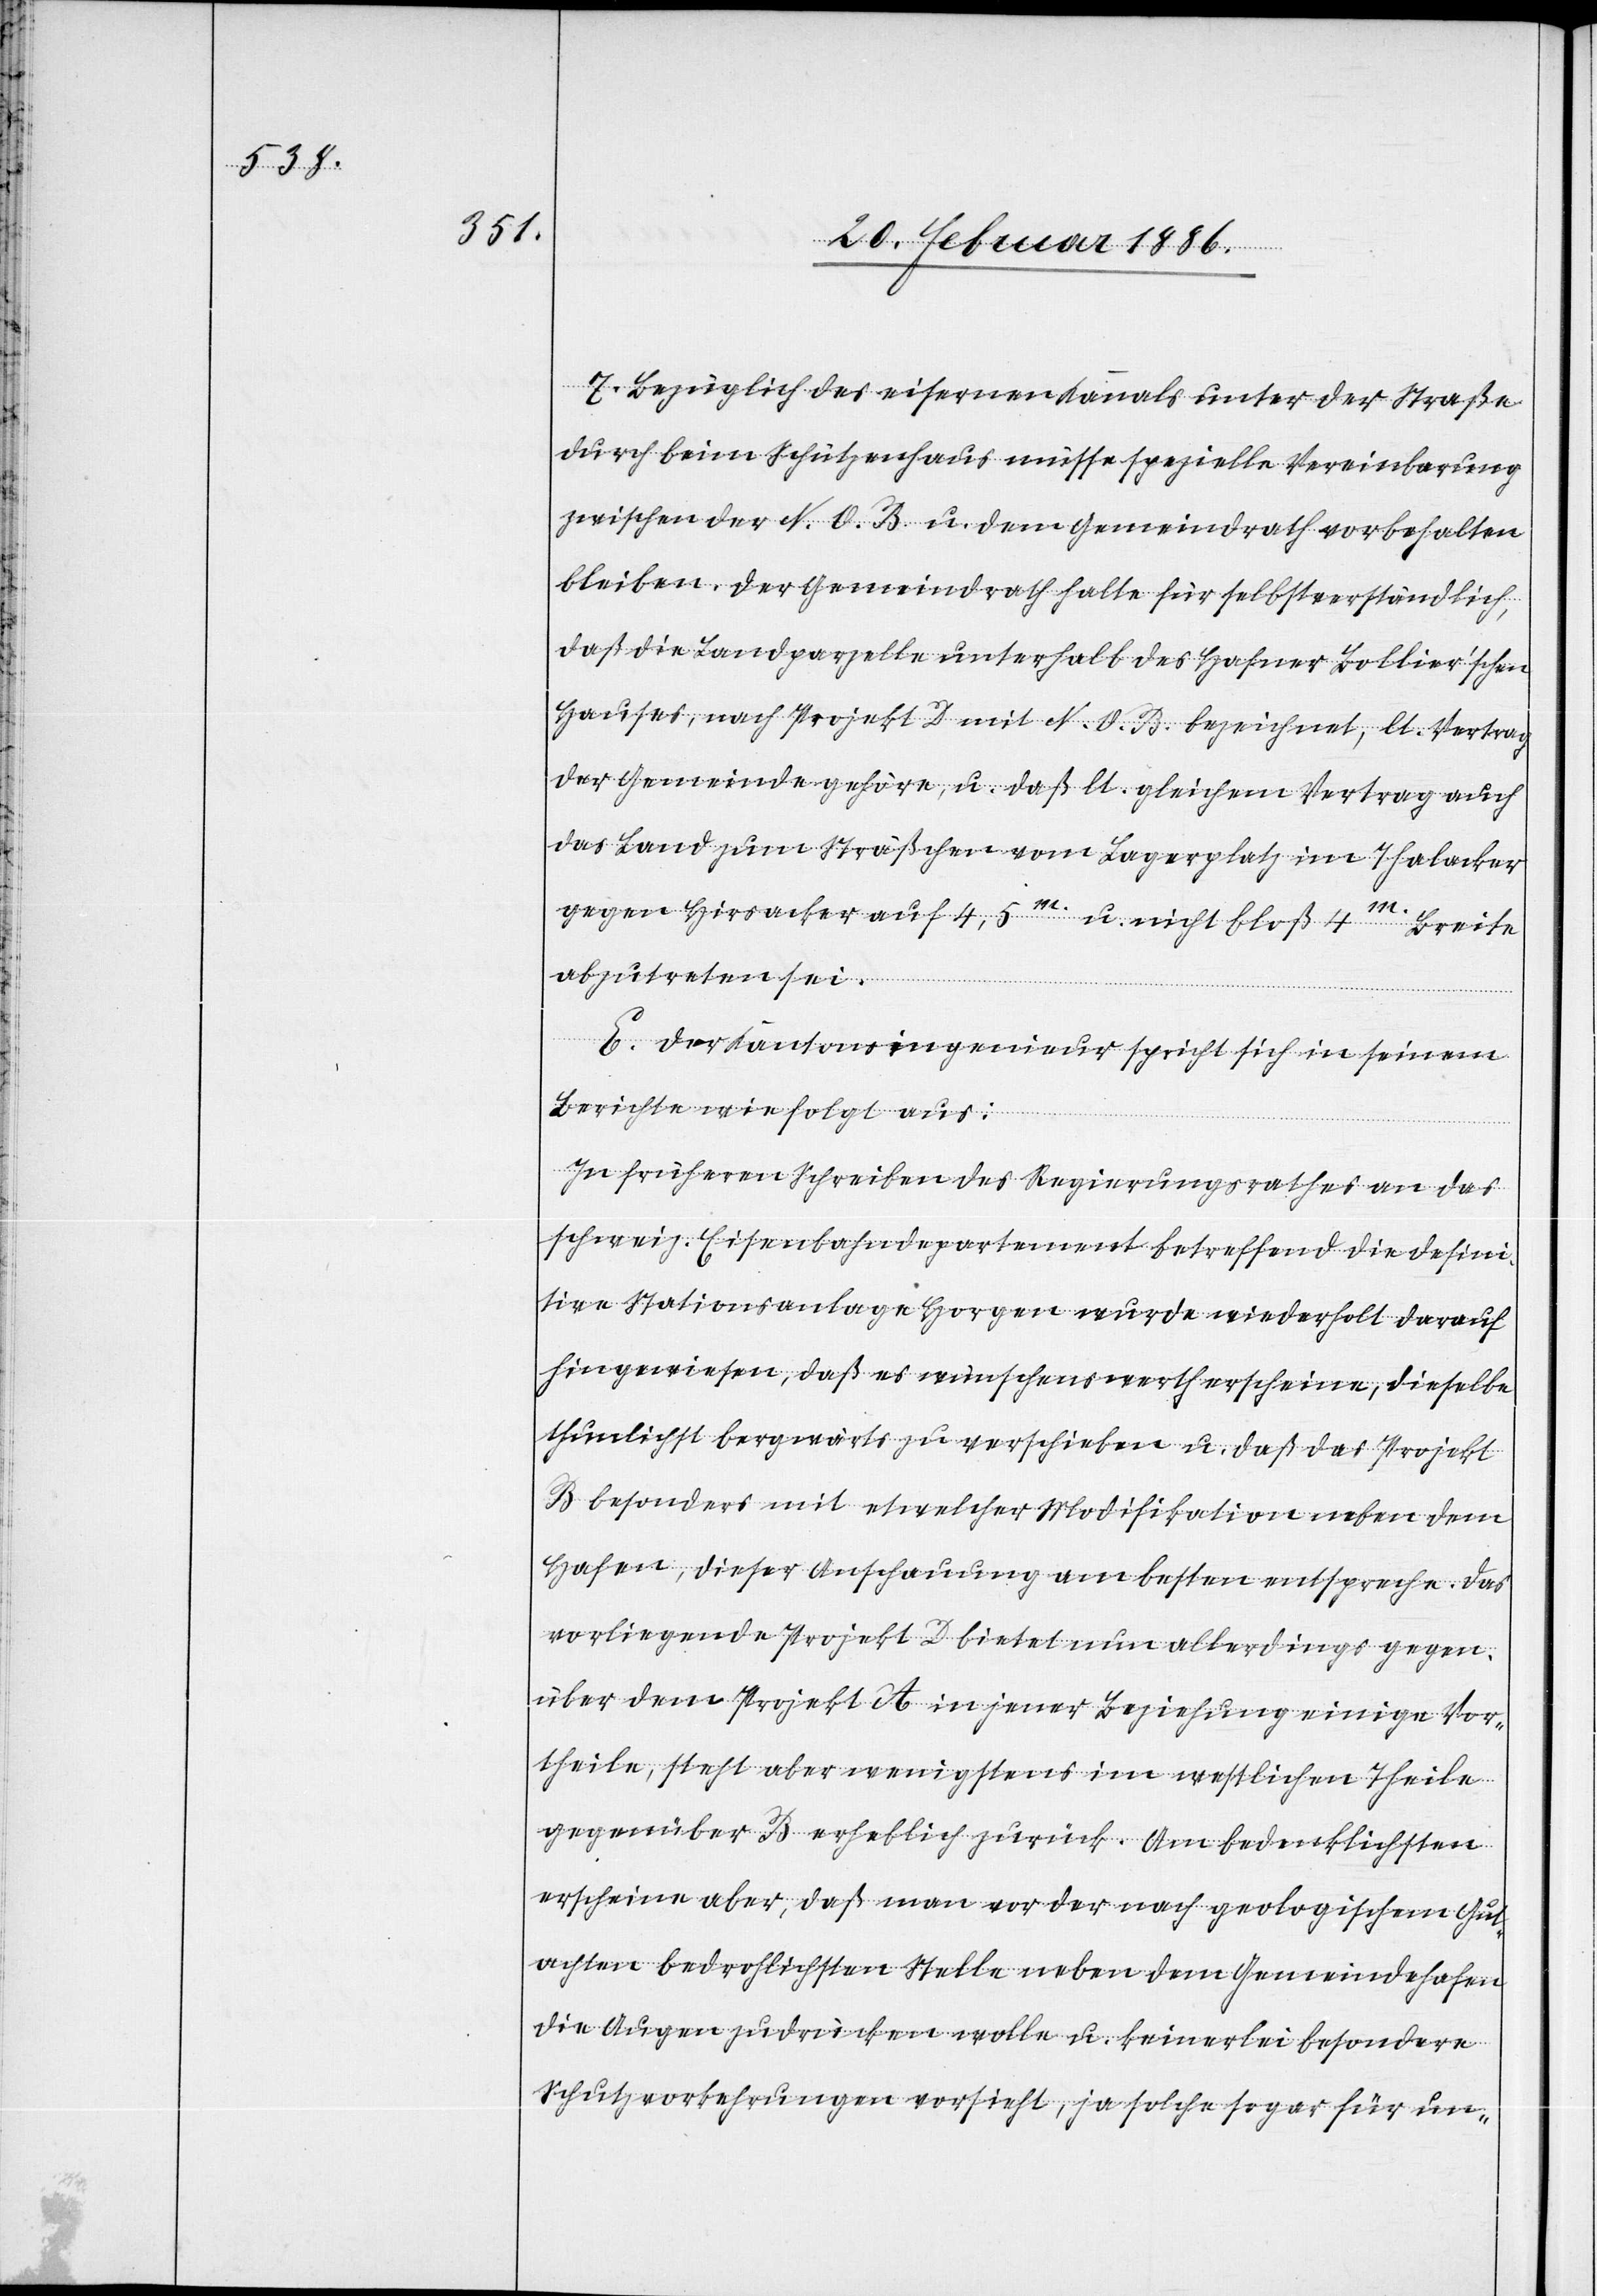
7. Bezüglich des eisernen Kanals unter der Straße
durch beim Schützenhaus müsse spezielle Vereinbarung
zwischen der N. O. B. u. dem Gemeindrath vorbehalten
bleiben. Der Gemeindrath halte für selbstverständlich,
daß die Landparzelle unterhalb des Hafner Bollier’schen
Hauses, nach Projekt D mit N. O. B. bezeichnet, lt. Vertrag
der Gemeinde gehöre, u. daß lt. gleichem Vertrag auch
das Land zum Sträßchen vom Lagerplatz im Thalacker
gegen Hirsacker auf 4,5m. u. nicht bloß 4m. Breite
abzutreten sei.
E. Der Kantonsingenieur spricht sich in seinem
Berichte wie folgt aus:
In früheren Schreiben des Regierungsrathes an das
schweiz. Eisenbahndepartement betreffend die defini¬
tive Stationsanlage Horgen wurde wiederholt darauf
hingewiesen, daß es wünschenswerth erscheine, dieselbe
thunlichst bergwärts zu verschieben u. daß das Projekt
B besonders mit etwelcher Modifikation neben dem
Hafen, dieser Anschauung am besten entspreche. Das
vorliegende Projekt D bietet nun allerdings gegen¬
über dem Projekt A in jener Beziehung einige Vor¬
theile, steht aber wenigstens im westlichen Theile
gegenüber B erheblich zurück. Am bedenklichsten
erscheine aber, da man vor der nach geologischen Gut¬
achten bedrohlichsten Stelle neben dem Gemeindehafen
die Augen zudrücken wolle u. keinerlei besondere
Schutzvorkehrungen vorsieht, ja solche sogar für un-